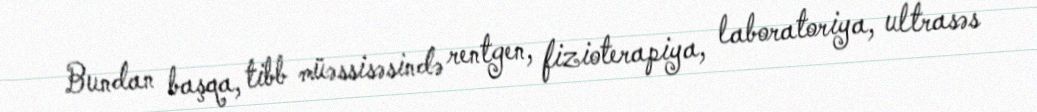
Bundan başqa, tibb müəssisəsində rentgen, fizioterapiya, laboratoriya, ultrasəs